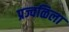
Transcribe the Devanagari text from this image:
प्रज्वळिला